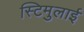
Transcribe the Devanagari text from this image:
स्टिमुलाई